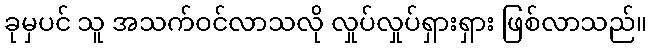
ခုမှပင် သူ အသက်ဝင်လာသလို လှုပ်လှုပ်ရှားရှား ဖြစ်လာသည်။